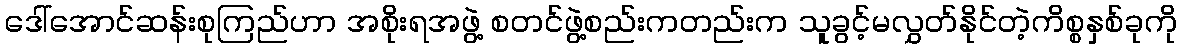
ဒေါ်အောင်ဆန်းစုကြည်ဟာ အစိုးရအဖွဲ့ စတင်ဖွဲ့စည်းကတည်းက သူခွင့်မလွှတ်နိုင်တဲ့ကိစ္စနှစ်ခုကို